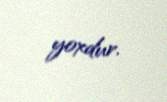
yoxdur.